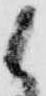
候